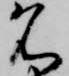
名